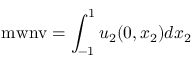
\mathrm { m w n v } = \int _ { - 1 } ^ { 1 } u _ { 2 } ( 0 , x _ { 2 } ) d x _ { 2 }